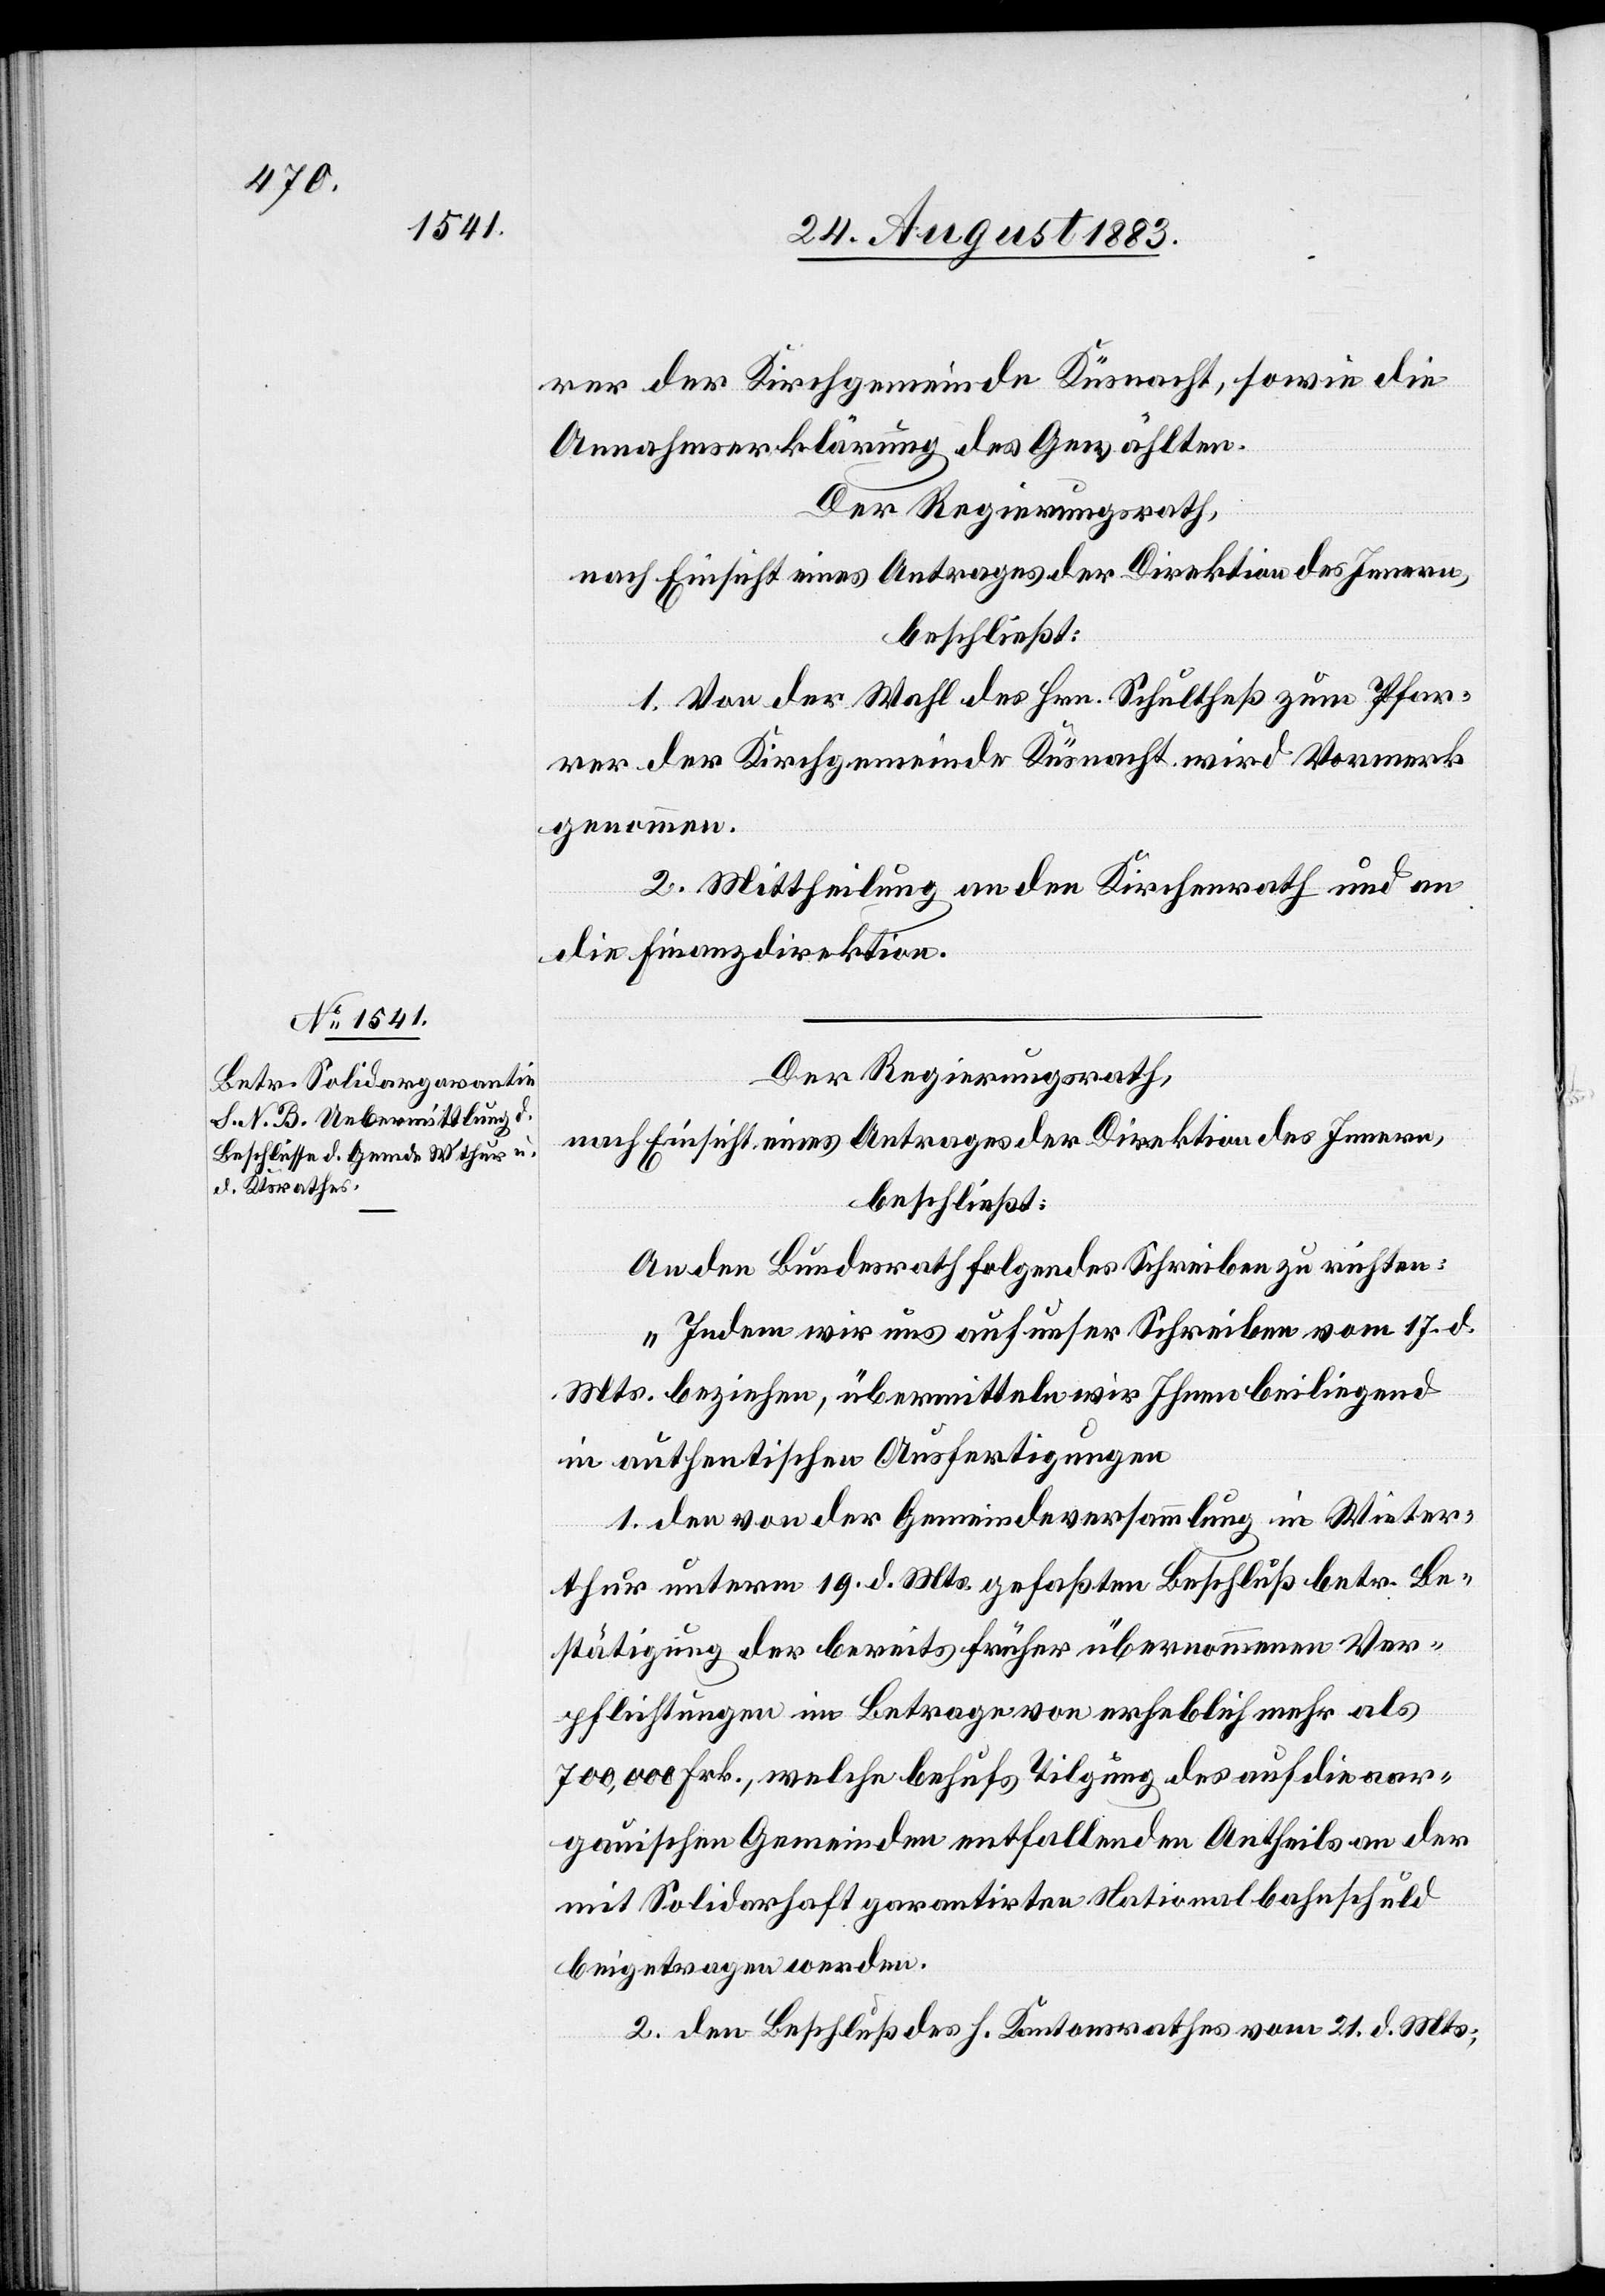
rer der Kirchgemeinde Küsnacht, sowie die
Annahmserklärung des Gewählten.
Der Regierungsrath,
nach Einsicht eines Antrages der Direktion des Innern,
beschließt:
1. Von der Wahl des Hrn. Schultheß zum Pfar¬
rer der Kirchgemeinde Küsnacht wird Vormerk
genommen.
2. Mittheilung an den Kirchenrath und an
die Finanzdirektion.
Der Regierungsrath,
nach Einsicht eines Antrages der Direktion des Innern,
beschließt:
An den Bundesrath folgendes Schreiben zu richten:
„Indem wir uns auf unser Schreiben vom 17. d.
Mts. beziehen, übermitteln wir Ihnen beiliegend
in authentischen Ausfertigungen
1. den von der Gemeindeversammlung in Winter¬
thur unterm 19. d. Mts. gefaßten Beschluß betr. Be¬
stätigung der bereits früher übernommenen Ver¬
pflichtungen im Betrage von erheblich mehr als
700,000 Frk., welche behufs Tilgung des auf die aar¬
gauischen Gemeinden entfallenden Antheils an der
mit Solidarhaft garantirten Nationalbahnschuld
beigetragen werden.
2. den Beschluß des h. Kantonsrathes vom 21. d. Mts.,